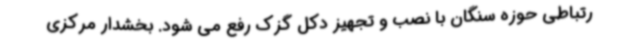
رتباطی حوزه سنگان با نصب و تجهیز دکل گزک رفع می شود. بخشدار مرکزی